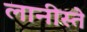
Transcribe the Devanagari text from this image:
लानीस्ते